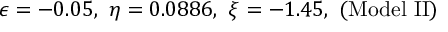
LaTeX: \epsilon = - 0 . 0 5 , ~ \eta = 0 . 0 8 8 6 , ~ \xi = - 1 . 4 5 , \mathrm { ~ ( M o d e l ~ I I ) }